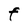
Character: F